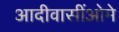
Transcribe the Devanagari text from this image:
आदीवासींओमे